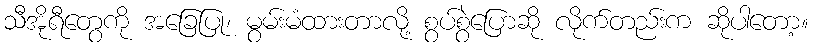
သီအိုရီတွေကို အခြေပြု၊ မွမ်းမံထားတာလို့ စွပ်စွဲပြောဆို လိုက်တည်းက ဆိုပါတော့။